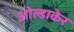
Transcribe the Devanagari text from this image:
ओल्डाकेर